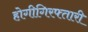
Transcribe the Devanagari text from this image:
होगीगिरफ्तारी